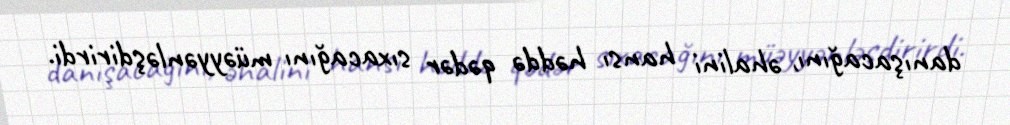
danışacağını, əhalini hansı həddə qədər sıxacağını müəyyənləşdirirdi.